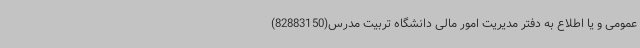
عمومی و یا اطلاع به دفتر مدیریت امور مالی دانشگاه تربیت مدرس(82883150)